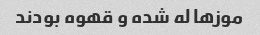
موزها له شده و قهوه بودند